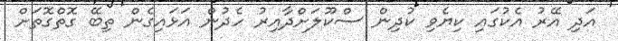
އަދި އޭރު އެކުގައި ކިޔެވި ކުދިން ސްކޫލަށްދާއިރު ހެދުން އަޅައިގެން ތިބޭ ގޮތްގޮތަށް